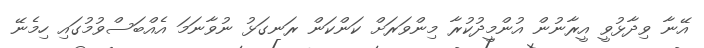
އޭނާ ވިދާޅުވީ އީރާނުން އުންމީދުކުރާ މިންވަރަށް ކަންކަން ރަނގަޅު ނުވާނަމަ އެއްބަސްވުމުގައި ހިމެނޭ